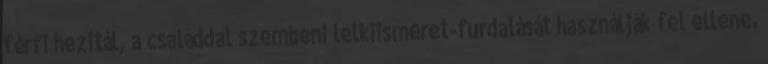
férfi hezitál, a családdal szembeni lelkiismeret-furdalását használják fel ellene.